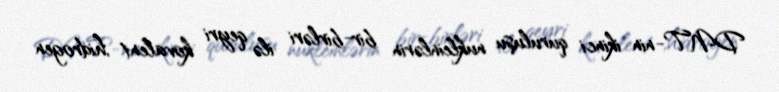
DNT-nin ikinci quruluşu nukleinlərin bir-birləri ilə qeyri kovalent ,hidrogen